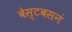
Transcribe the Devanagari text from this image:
बेस्टबसनं